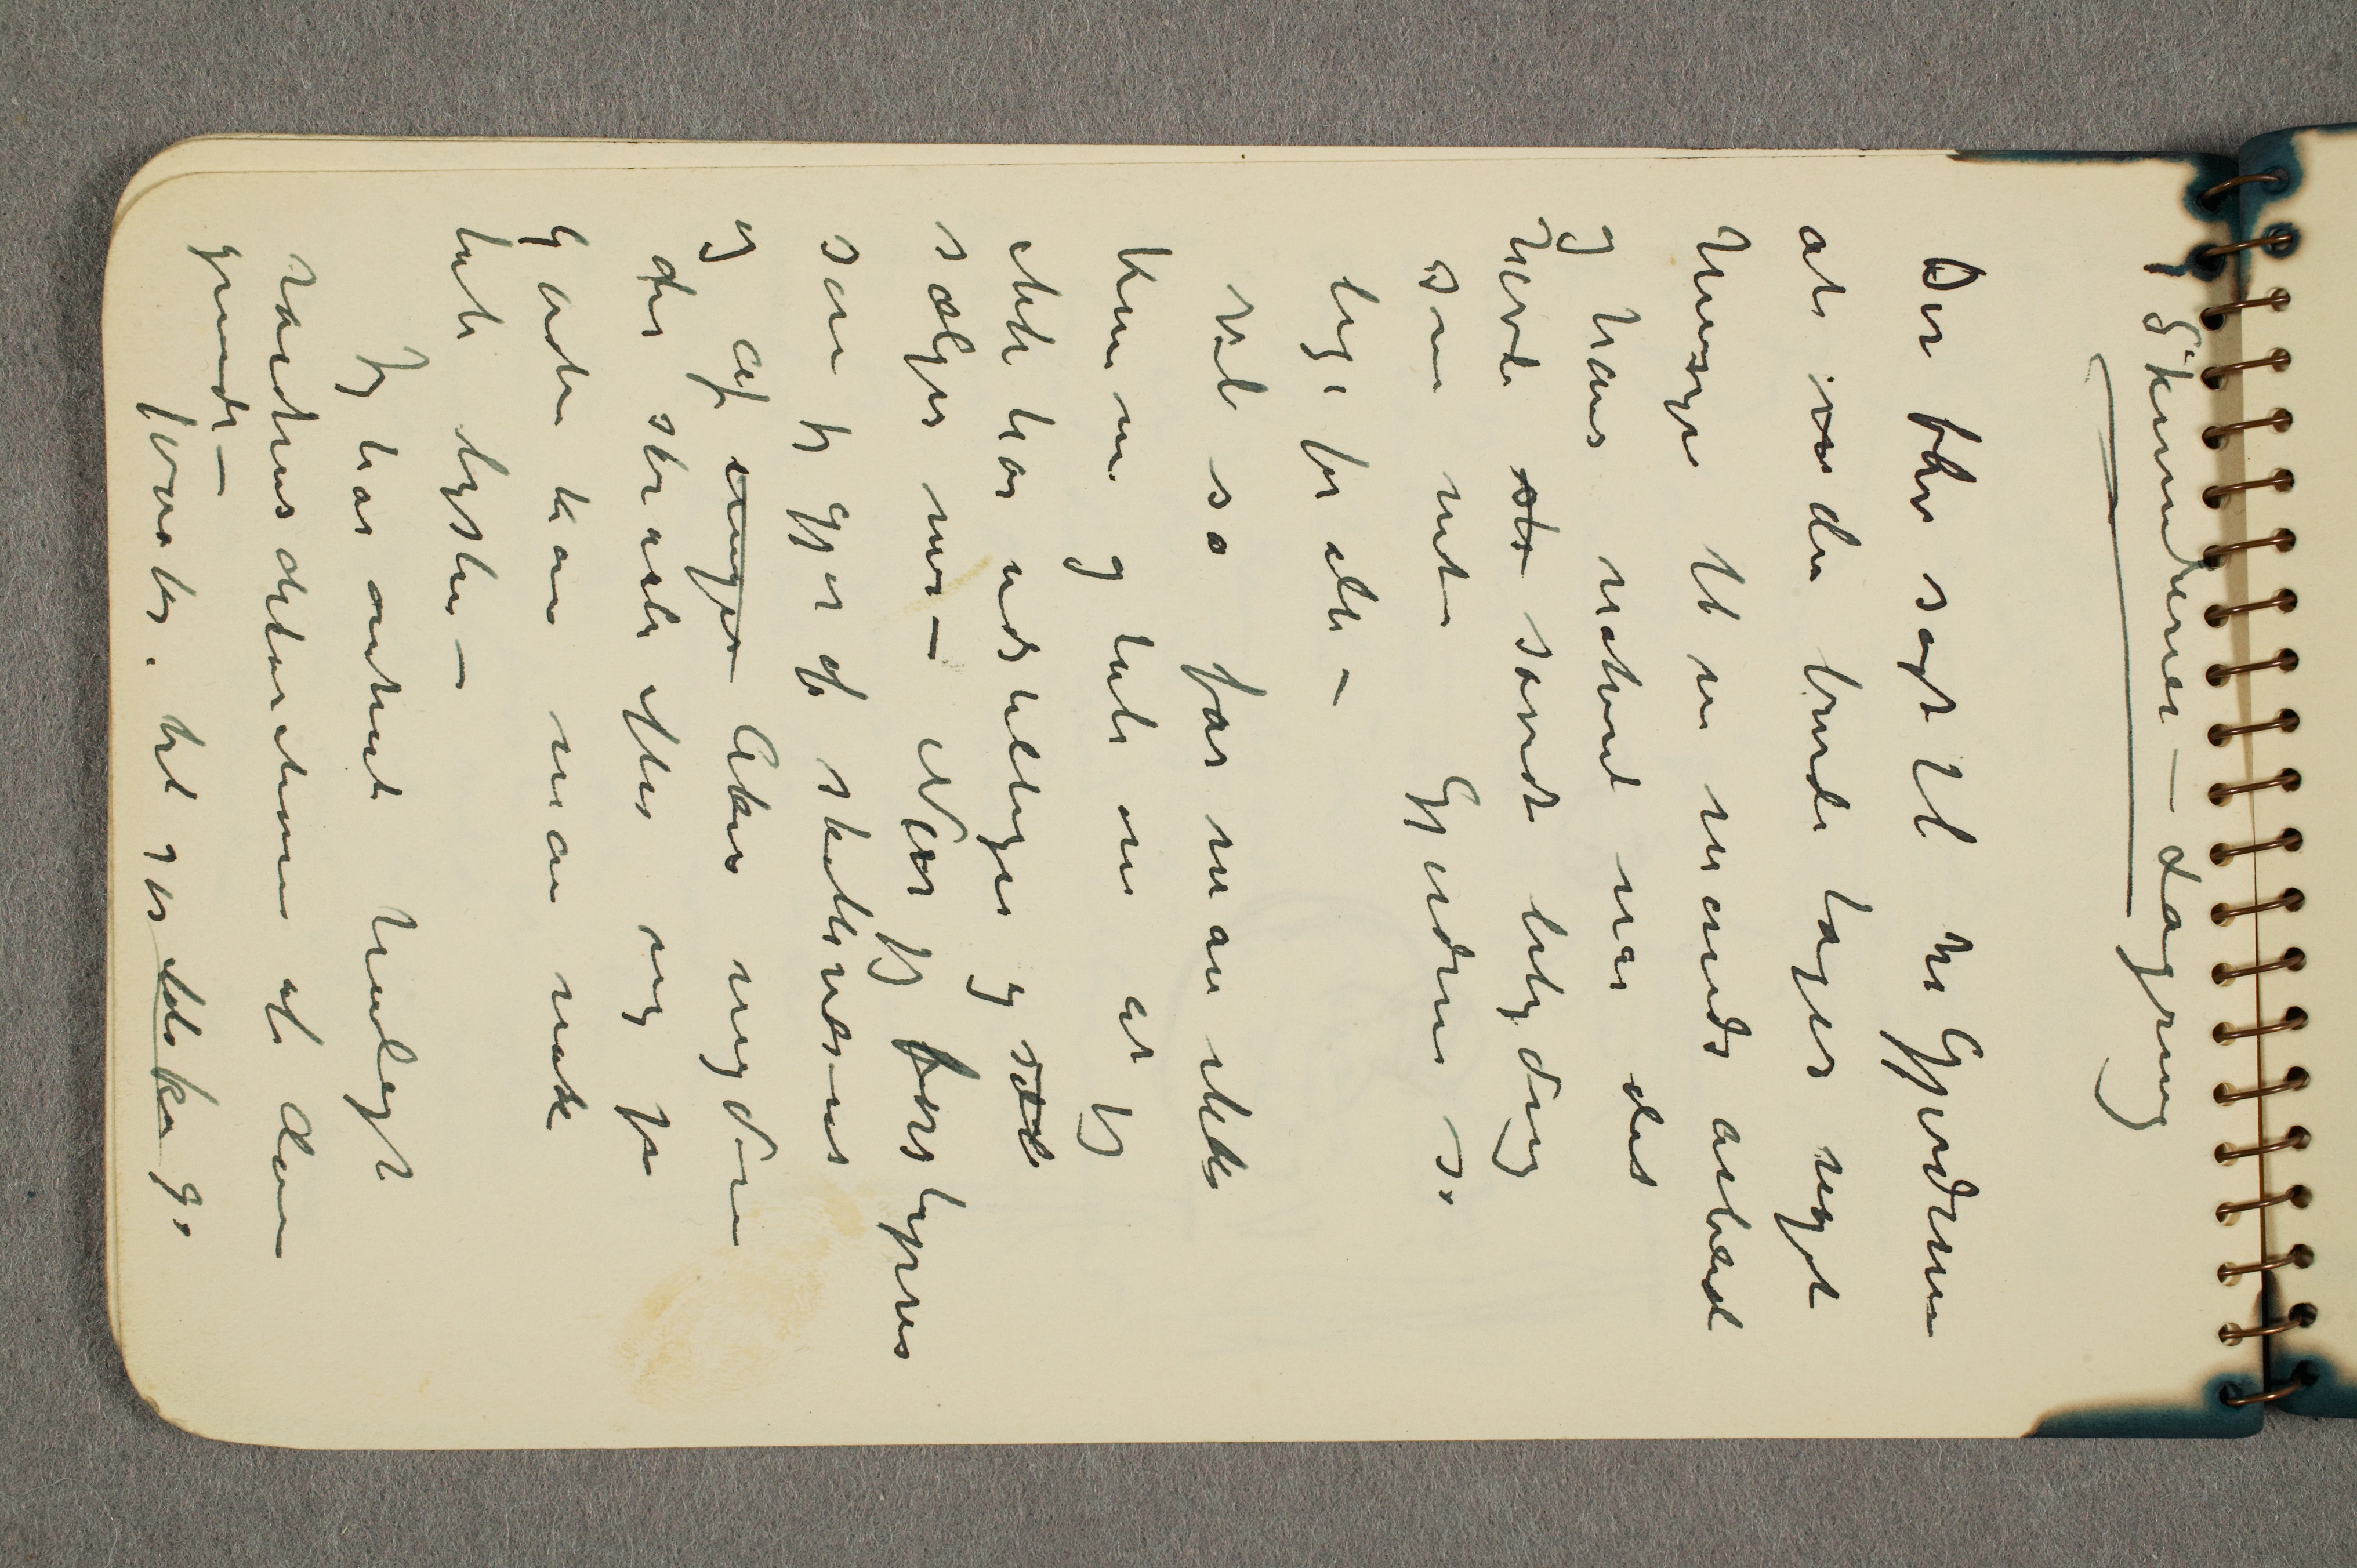
Skumlerier  – Lagring
Det blev sagt til hr Gjerdrum
at m der burde tages noget
hensyn til en mands arbeid
og hans naturret når det
havde st såvidt betydning
som mit. Gjerdrum sa
lige for alle –
Vel så får man ikke
komme og tale om at jeg
ikke har udstilliger og sæl
sælger mer – Når jeg forstyrres
som jeg gjør af skattevesenet
og af unger Aker ungdom
der skraaler efter mig på
gaden kan man nok
tabe lysten –
Jeg har omtrent henlagt
raadhusdekorationene af disse
grunde –
1000 kr til gjør ikke ... 9